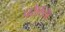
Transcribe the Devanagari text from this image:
परेलच्या